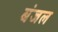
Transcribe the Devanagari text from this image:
बंजल